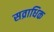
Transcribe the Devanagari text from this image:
सव्राधिक